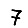
Digit: 7